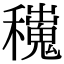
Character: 𥣼